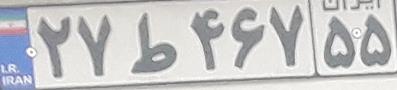
۲۷ط۴۶۷۵۵